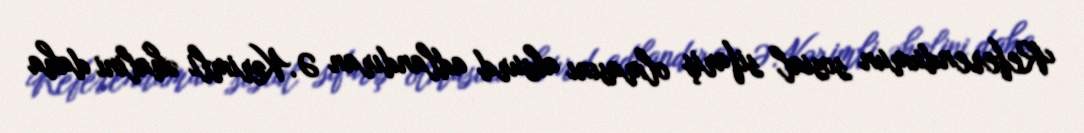
Referendumun sosial sifariş olmasını absurd adlandıran Ə.Kərimli əhalini daha